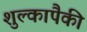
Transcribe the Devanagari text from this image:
शुल्कापैकी